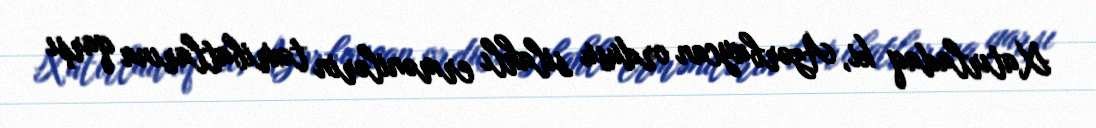
Xatırladaq ki, Azərbaycan ordusu silahlı ermənilərin təxribatlarına qarşı